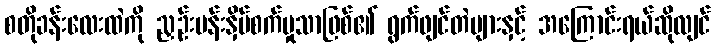
စတိုခန်းလေးထဲကို ညှဉ်းပန်းနှိပ်စက်မှုသာဖြစ်၏ ရွက်ဖျင်တဲများနှင့် အကြောင်းရယ်ဆိုလျင်